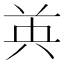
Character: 𮎧